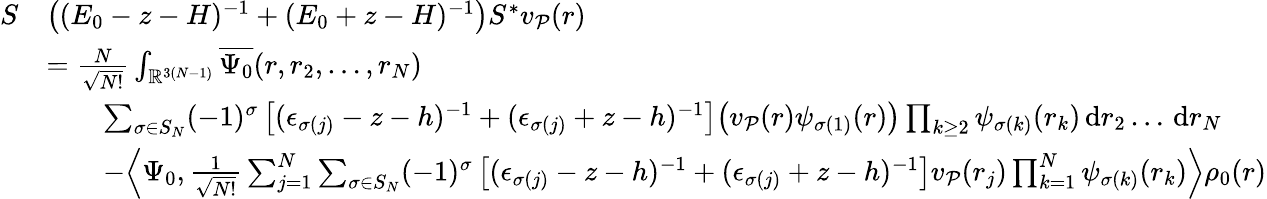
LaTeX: \begin{array}{rl}{S}&{\big((E_{0}-z-H)^{-1}+(E_{0}+z-H)^{-1}\big)S^{*}v_{\mathcal{P}}(r)}\\ &{=\frac{N}{\sqrt{N!}}\int_{\mathbb{R}^{3(N-1)}}\overline{{\Psi_{0}}}(r,r_{2},\dots,r_{N})}\\ &{\qquad\sum_{\sigma\in S_{N}}(-1)^{\sigma}\left[(\epsilon_{\sigma(j)}-z-h)^{-1}+(\epsilon_{\sigma(j)}+z-h)^{-1}\right]\big(v_{\mathcal{P}}(r)\psi_{\sigma(1)}(r)\big)\prod_{k\geq 2}\psi_{\sigma(k)}(r_{k})\, \mathrm{d}r_{2}\dots\, \mathrm{d}r_{N}}\\ &{\qquad-\Big\langle\Psi_{0},\frac{1}{\sqrt{N!}}\sum_{j=1}^{N}\sum_{\sigma\in S_{N}}(-1)^{\sigma}\left[(\epsilon_{\sigma(j)}-z-h)^{-1}+(\epsilon_{\sigma(j)}+z-h)^{-1}\right]v_{\mathcal{P}}(r_{j})\prod_{k=1}^{N}\psi_{\sigma(k)}(r_{k})\Big\rangle\rho_{0}(r)}\end{array}